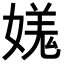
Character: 𡠎